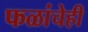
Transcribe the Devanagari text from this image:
फळांचेही